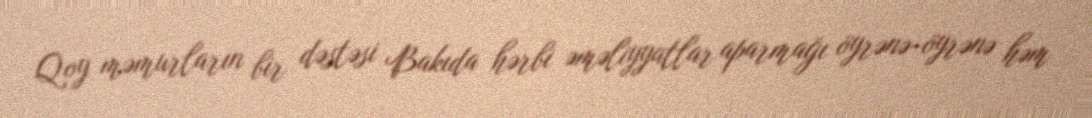
Qoy məmurların bir dəstəsi Bakıda hərbi əməliyyatlar aparmağı öyrənə-öyrənə həm